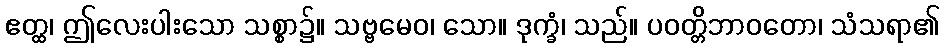
ဧတ္ထ၊ ဤလေးပါးသော သစ္စာ၌။ သဗ္ဗမေဝ၊ သော။ ဒုက္ခံ၊ သည်။ ပဝတ္တိဘာဝတော၊ သံသရာ၏